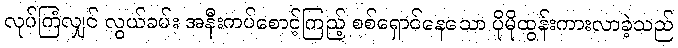
လုပ်ကြံလျှင် လွယ်ခမ်း အနီးကပ်စောင့်ကြည့် စစ်ရှောင်နေသော ပိုမိုထွန်းကားလာခဲ့သည်